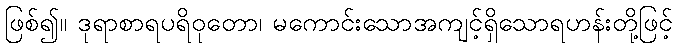
ဖြစ်၍။ ဒုရာစာရပရိဝုတော၊ မကောင်းသောအကျင့်ရှိသောရဟန်းတို့ဖြင့်